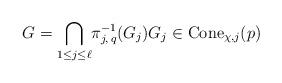
LaTeX: \begin{align*}G = \underset{1\leq j \leq\ell}{\bigcap} \pi_{j,\,q}^{-1}(G_j) G_j \in \operatorname{Cone}_{\chi,j}(p)\end{align*}